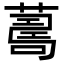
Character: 𦺚